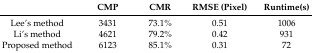
<table><thead><tr><td></td><td><b>CMP</b></td><td><b>CMR</b></td><td><b>RMSE (Pixel)</b></td><td><b>Runtime(s)</b></td></tr></thead><tbody><tr><td>Lee’s method</td><td>3431</td><td>73.1%</td><td>0.51</td><td>1006</td></tr><tr><td>Li’s method</td><td>4621</td><td>79.2%</td><td>0.42</td><td>931</td></tr><tr><td>Proposed method</td><td>6123</td><td>85.1%</td><td>0.31</td><td>72</td></tr></tbody></table>